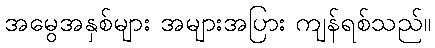
အမွေအနှစ်များ အများအပြား ကျန်ရစ်သည်။